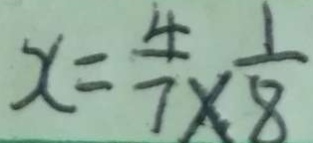
x = \frac { 4 } { 7 } \times \frac { 1 } { 8 }